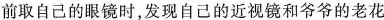
上学前取自己的眼镜时，发现自己的近视镜和爷爷的老花